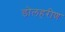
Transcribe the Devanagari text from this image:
डोलहरीण